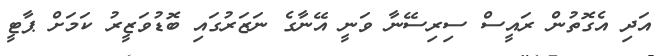
އަދި އެގޮތުން ރައީސް ސިރިސޭނާ ވަނީ އޭނާގެ ނަޒަރުގައި ބޮޑުވަޒީރު ކަމަށް ޕާޓީ